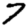
Digit: 7